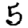
Digit: 5